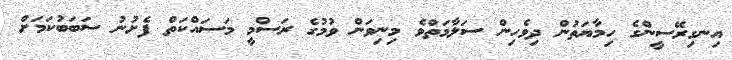
އިނގިރޭސީންގެ ހިމާޔަތުން ދިވެހިން ސަލާމަތްވެ މިނިވަން ވުމުގެ ރަސްމީ މަސައްކަތް ފެށުނު ސަބަބުކަމަށް